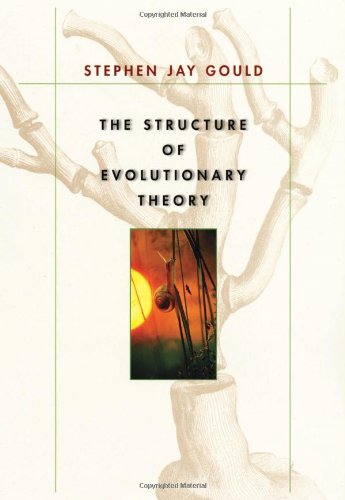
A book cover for The Structure of Evolutionary Theory; Stephen Jay Gould; Science & Math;